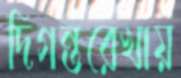
দিগন্তরেখায়